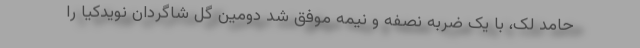
حامد لک، با یک ضربه نصفه و نیمه موفق شد دومین گل شاگردان نویدکیا را